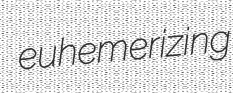
euhemerizing